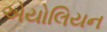
એયોલિયન